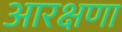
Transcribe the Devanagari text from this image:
आरक्षणा